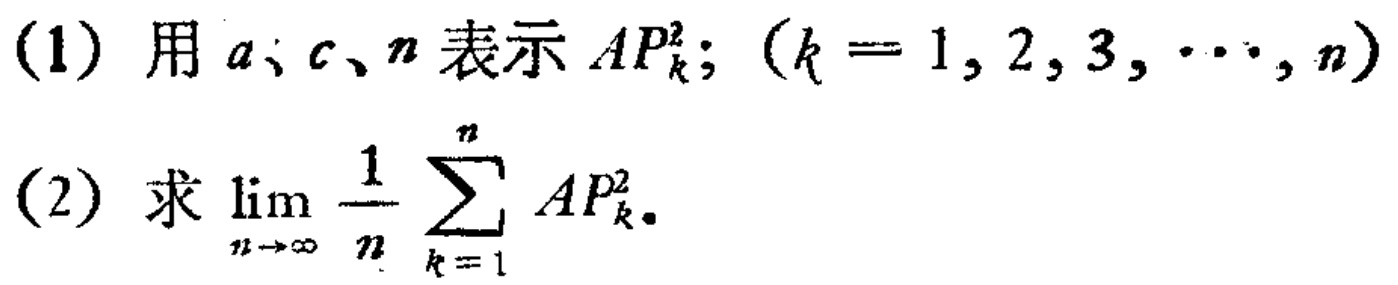
(1) 用 \(a、c、n\) 表示 \(AP_{k}^{2}\); \((k = 1,2,3,\cdots,n)\)
(2) 求 \(\lim_{n \to \infty} \frac{1}{n} \sum_{k = 1}^{n} AP_{k}^{2}\).